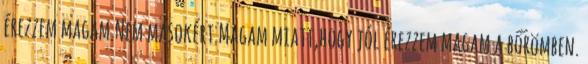
érezzem magam.Nem másokért.Magam miatt,hogy jól érezzem magam a bőrömben.